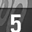
Digit: 5